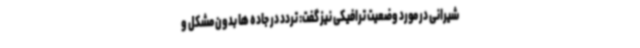
شیرانی در مورد وضعیت ترافیکی نیز گفت: تردد در جاده ها بدون مشکل و